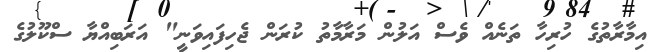
އިމާރާތުގެ ހުރިހާ ތަނެއް ވެސް އަލުން މަރާމާތު ކުރަން ޖެހިފައިވަނީ" އަރަބިއްޔާ ސްކޫލުގެ